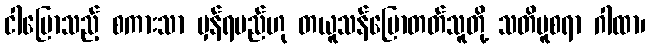
ငါပြောသည့် စကားသာ မှန်ရမည်ဟု တယူသန်ပြောတတ်သူတို့ သတိမူစရာ ဂါထာ၊